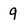
Character: 9